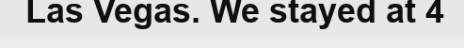
Las Vegas. We stayed at 4